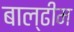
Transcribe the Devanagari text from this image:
बाल्ढीम